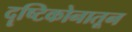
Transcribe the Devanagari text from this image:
दॄष्टिकोनातून